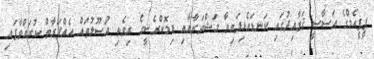
ޕީޕީއެމްގެ އަސާސީ ޤަވާޢިދުގައި ކަނޑައެޅިފައިވާ މަޝްވަރާއާއި ޑިމޮކްރެސީގެ ރިވެތި އުޞޫލުތައް އެއްފަރާތް ކުރައްވާފައި